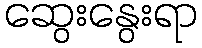
ဆွေးနွေးရာ